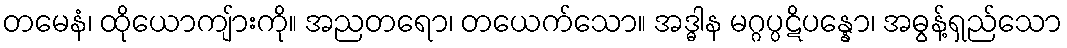
တမေနံ၊ ထိုယောကျ်ားကို။ အညတရော၊ တယေက်သော။ အဒ္ဓါန မဂ္ဂပ္ပဋိပန္နော၊ အဓွန့်ရှည်သော